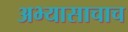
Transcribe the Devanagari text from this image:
अभ्यासाचाच